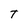
Character: T